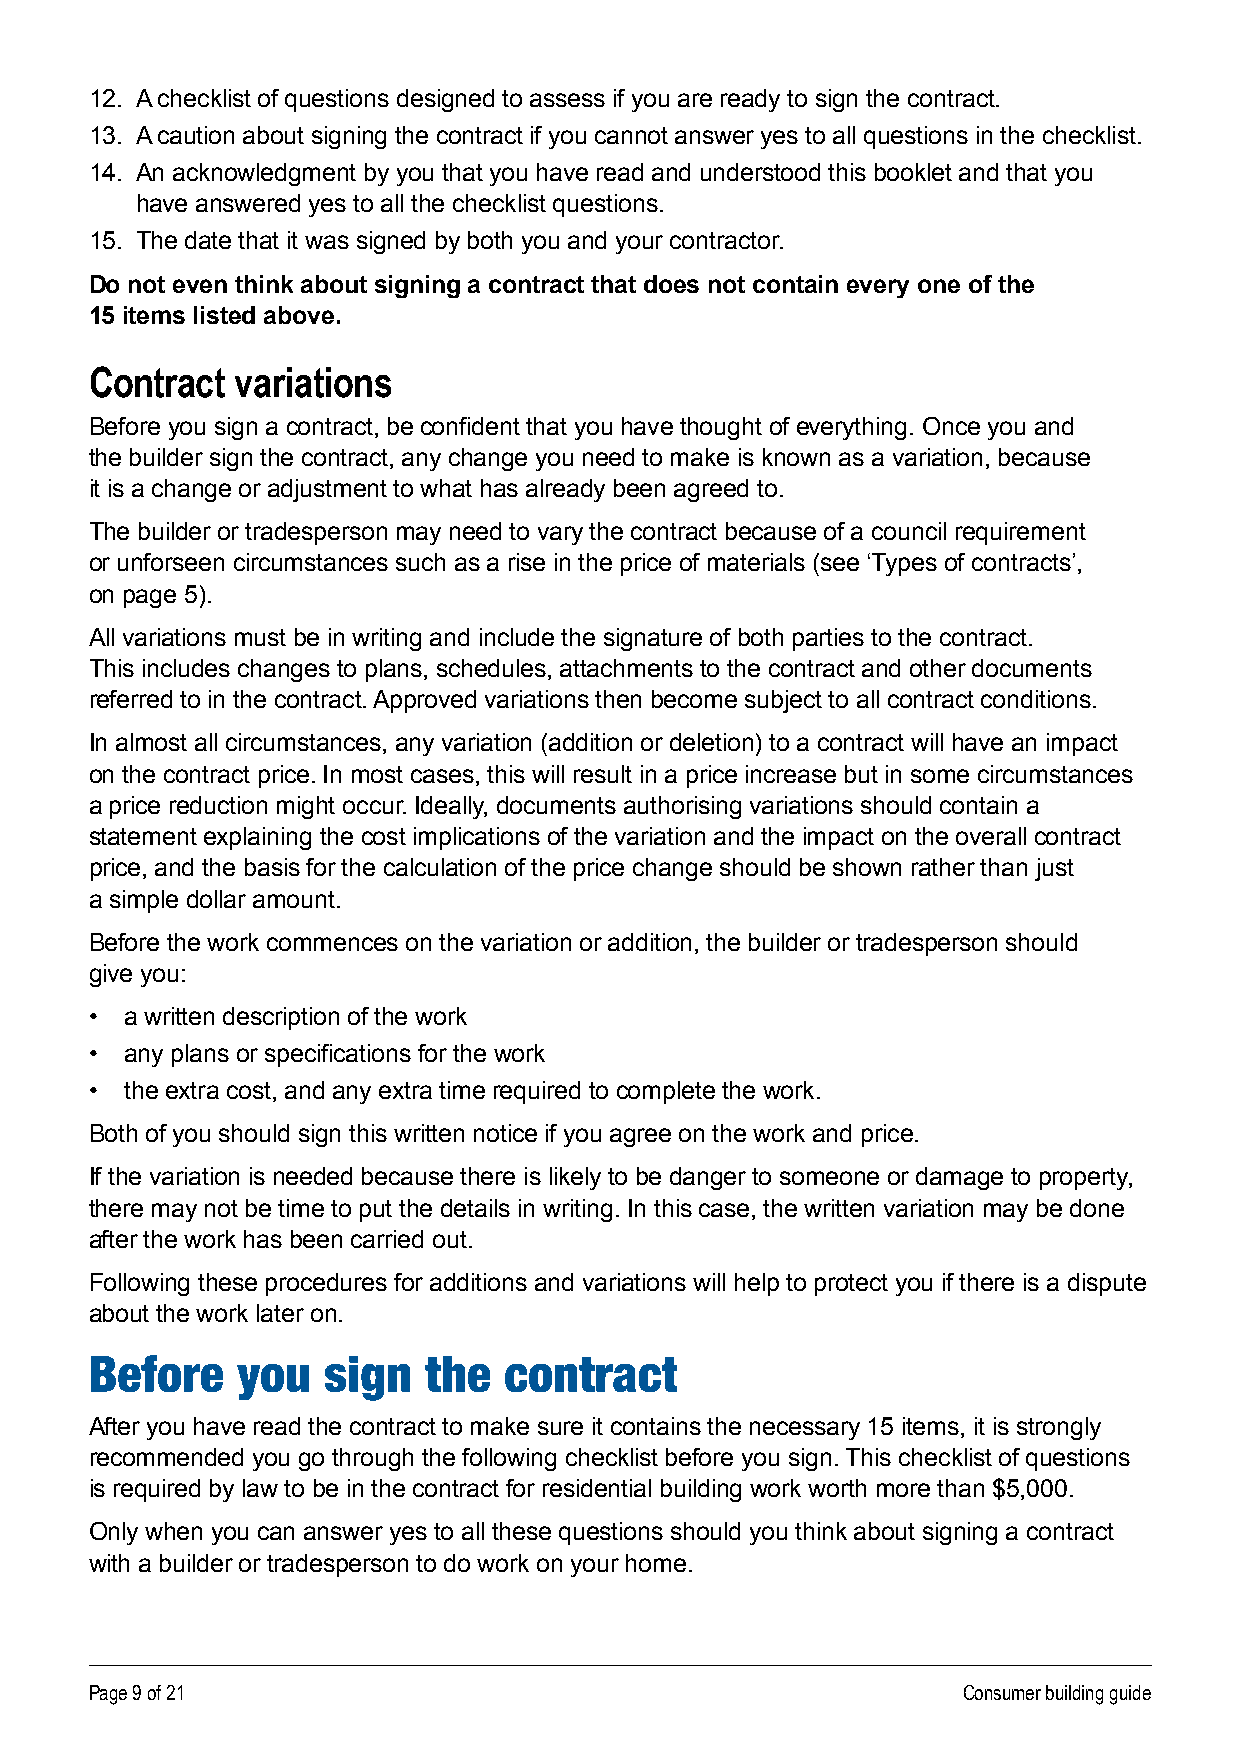
12 . A checklist of questions designed to assess if you are ready to sign the contract .
 13 . A caution about signing the contract if you cannot answer yes to all questions in the checklist .
 14 . An acknowledgment by you that you have read and understood this booklet and that you
 have answered yes to all the checklist questions .
 15 . The date that it was signed by both you and your contractor .
 Do not even think about signing a contract that does not contain every one of the
 15 items listed above.
 Contract  variations
 Before you sign a contract, be confident that you have thought of everything. Once you and
 the builder sign the contract, any change you need to make is known as a variation, because
 it is a change or adjustment to what has already been agreed to .
 The builder or tradesperson may need to vary the contract because of a council requirement
 or unforseen circumstances such as a rise in the price of materials (see ‘Types of contracts’,
 on page 5) .
 All variations must be in writing and include the signature of both parties to the contract .
 This includes changes to plans, schedules, attachments to the contract and other documents
 referred to in the contract . Approved variations then become subject to all contract conditions .
 In almost all circumstances, any variation (addition or deletion) to a contract will have an impact
 on the contract price . In most cases, this will result in a price increase but in some circumstances
 a price reduction might occur . Ideally, documents authorising variations should contain a
 statement explaining the cost implications of the variation and the impact on the overall contract
 price, and the basis for the calculation of the price change should be shown rather than just
 a simple dollar amount .
 Before the work commences on the variation or addition, the builder or tradesperson should
 give you:
 • a written description of the work
 • any plans or specifications for the work
 • the extra cost, and any extra time required to complete the work.
 Both of you should sign this written notice if you agree on the work and price .
 If the variation is needed because there is likely to be danger to someone or damage to property,
 there may not be time to put the details in writing . In this case, the written variation may be done
 after the work has been carried out .
 Following these procedures for additions and variations will help to protect you if there is a dispute
 about the work later on .
 Before    you  sign   the  contract
 After you have read the contract to make sure it contains the necessary 15 items, it is strongly
 recommended you go through the following checklist before you sign . This checklist of questions
 is required by law to be in the contract for residential building work worth more than $5,000 .
 Only when you can answer yes to all these questions should you think about signing a contract
 with a builder or tradesperson to do work on your home .
 Page 9 of 21                                              Consumer building guide